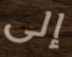
إلى